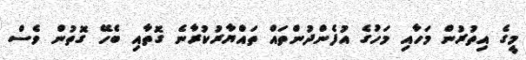
މީގެ އިތުރުން މަހާއި މަހުގެ އުފެންދުންތައް ތައްޔާރުކުރާނެ ގޮތާއި ބެހޭ ގޮތުން ވެސް